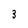
Character: 3